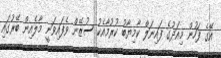
އޭގެ ފަހުން މިއަދުގެ ފައިނަލް ކާމިޔާބު ކުރުމާއެކު ސުޒޭން ވެފައިވަނީ މާލެއިން ބޭރުގައި